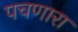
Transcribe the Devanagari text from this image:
पचणारा